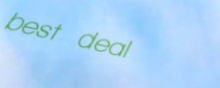
best deal